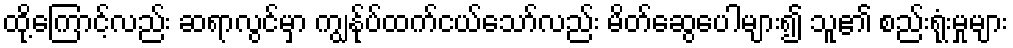
ထို့ကြောင့်လည်း ဆရာလွင်မှာ ကျွန်ုပ်ထက်ငယ်သော်လည်း မိတ်ဆွေပေါများ၍ သူ၏ စည်းရုံးမှုများ